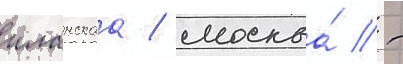
иланскаа / москва́ -